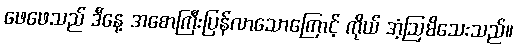
ဖေဖေသည် ဒီနေ့ အစောကြီးပြန်လာသောကြောင့် ကိုယ် အံ့ဩမိသေးသည်။